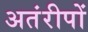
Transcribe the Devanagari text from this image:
अतंरीपों